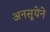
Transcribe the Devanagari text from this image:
अनसूयेने